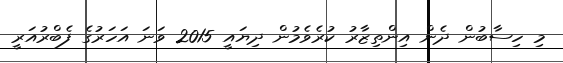
މި ހިސާބުން ދެން އިންތިޒާރު ކުރެވެމުން ދިޔައީ 2015 ވަނަ އަހަރުގެ ފެބްރުއަރީ